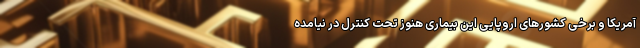
آمریکا و برخی کشورهای اروپایی این بیماری هنوز تحت کنترل در نیامده